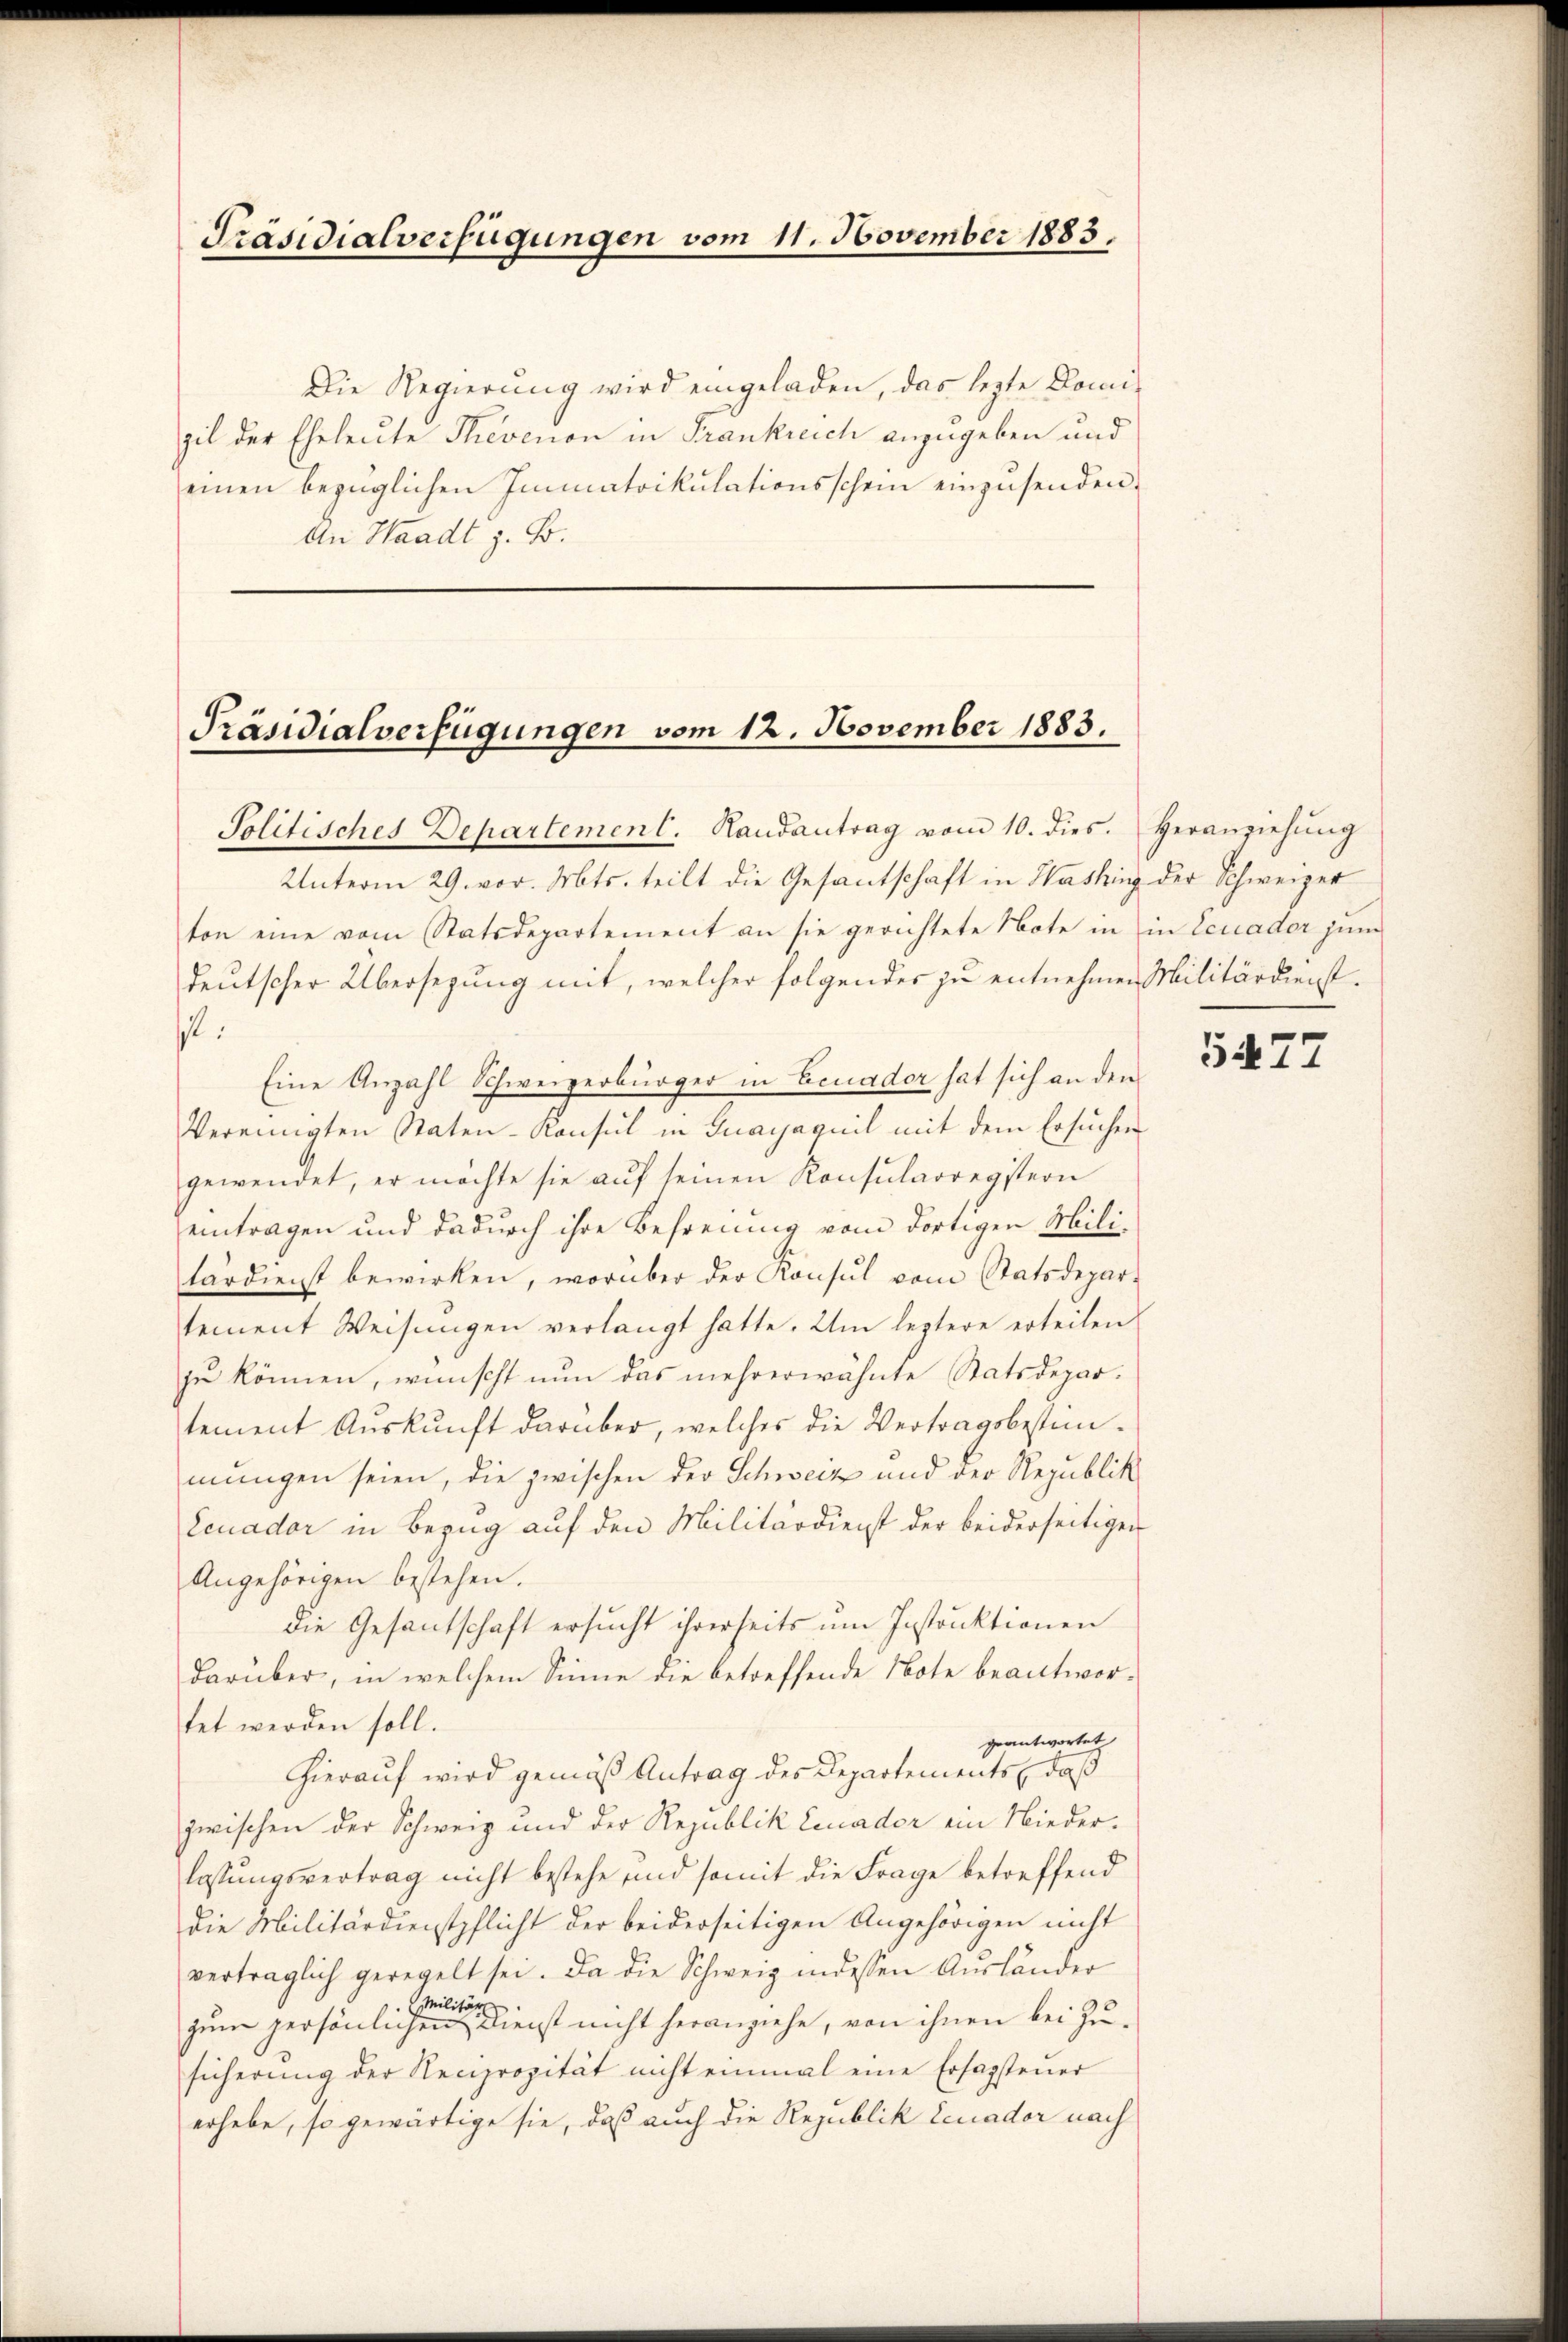
Präsidialverfügungen vom 11. November 1883.

Die Regierung wird eingeladen, das lezte Domizil der Eheleute Thevenon in Frankreich anzugeben und
einen bezüglichen Immatrikulationsschein einzusenden.
An Waadt z. B.

Präsidialverfügungen vom 12. November 1883.
Politisches Departement. Handantrag vom 10. dies. Heranziehŭng

Unterm 29. vor. Mts. teilt die Gesantschaft in Washing der Schweizer
ton eine vom Statsdepartement an sie gerichtete Note in in Ecuador jun
deutscher Übersezung mit, welcher folgendes zu entnehmen Militärdienstl.
Eine Anzahl Schweizerbürger in Eeuador hat sich an den
Vereinigten Staten-Konsul in Guayjaquil mit dem Ersuchen
gewendet, er möchte sie auf seinen Konsularregistern
eintragen und dadurch ihre Befreiung vom dortigen Militärdienst bewirken, worüber der Konsul vom Statsdepartement Weisŭngen verlangt hatte. Um leztere erteilen
zu können, wünscht nun das mehrerwähnte Statsdepartement Aŭskŭnft darüber, welches die Vertragsbestim-
mungen seien, die zwischen der Schweiz und der Republik
Leuadar in Bezug auf den Militärdienst der beiderseitiger
Angehörigen bestehen.
die Gesantschaft ersucht ihrerseits um Instruktionen
Darüber, in welchem Sinne die betreffende Note beantwortet werden soll.
geantwortet
Hierauf wird gemäß Antrag des Departements, daß
zwischen der Schweiz und der Republik Lenader ein Niederlastungsvertrag nicht bestehe und somit die Frage betreffend
die Militärdienstpflicht der beiderseitigen Angehörigen nicht
verträglich geregelt sei. Da die Schweiz in dessen Ausländer
Militär
zum persönlichen Dienst nicht heranziehe, von ihnen bei Zusicherŭng der Reciprozität nicht einmal eine Ersagsteŭer
erhebe, so gewärtige sie, daß auch die Republik Lenador nach

5477